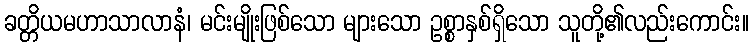
ခတ္တိယမဟာသာလာနံ၊ မင်းမျိုးဖြစ်သော များသော ဥစ္စာနှစ်ရှိသော သူတို့၏လည်းကောင်း။